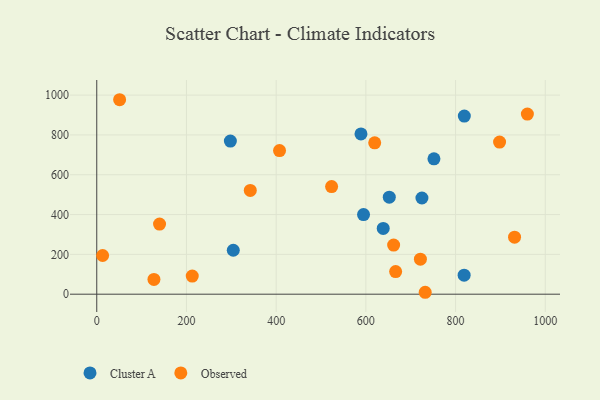
{"axis": {"x": "Engine Size", "y": "Yield"}, "legend": ["Cluster A", "Observed"], "data": [{"x": "297.9", "y": 768.9, "type": "Cluster A"}, {"x": "638.7", "y": 330.3, "type": "Cluster A"}, {"x": "304.4", "y": 220.7, "type": "Cluster A"}, {"x": "751.8", "y": 679.7, "type": "Cluster A"}, {"x": "589.1", "y": 804.8, "type": "Cluster A"}, {"x": "819.1", "y": 95.5, "type": "Cluster A"}, {"x": "725.0", "y": 483.2, "type": "Cluster A"}, {"x": "819.5", "y": 894.6, "type": "Cluster A"}, {"x": "652.2", "y": 487.3, "type": "Cluster A"}, {"x": "594.8", "y": 399.9, "type": "Cluster A"}, {"x": "666.4", "y": 113.7, "type": "Observed"}, {"x": "898.1", "y": 764.0, "type": "Observed"}, {"x": "407.5", "y": 721.2, "type": "Observed"}, {"x": "960.1", "y": 904.8, "type": "Observed"}, {"x": "13.1", "y": 194.2, "type": "Observed"}, {"x": "732.3", "y": 9.6, "type": "Observed"}, {"x": "127.5", "y": 74.0, "type": "Observed"}, {"x": "931.5", "y": 286.5, "type": "Observed"}, {"x": "721.6", "y": 175.7, "type": "Observed"}, {"x": "140.0", "y": 351.9, "type": "Observed"}, {"x": "342.3", "y": 521.3, "type": "Observed"}, {"x": "51.0", "y": 976.7, "type": "Observed"}, {"x": "661.9", "y": 246.6, "type": "Observed"}, {"x": "212.9", "y": 91.1, "type": "Observed"}, {"x": "619.7", "y": 760.3, "type": "Observed"}, {"x": "523.6", "y": 540.6, "type": "Observed"}]}